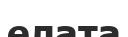
елата